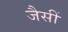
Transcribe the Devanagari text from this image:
जैसीं